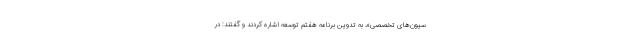
سیون‌های تخصصی»، به تدوین برنامه هفتم توسعه اشاره کردند و گفتند: در